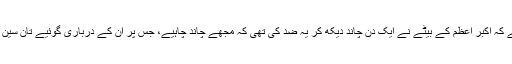
ایک دیو مالائی کہانی ہے کہ اکبرِ اعظم کے بیٹے نے ایک دن چاند دیکھ کر یہ ضد کی تھی کہ مجھے چاند چاہیے، جس پر ان کے درباری گوئیے تان سین نے یہ بندش جوڑی تھی۔